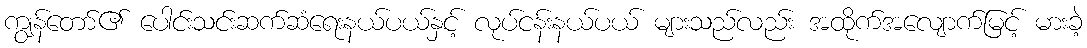
ကျွန်တော်၏ ပေါင်းသင်းဆက်ဆံရေးနယ်ပယ်နှင့် လုပ်ငန်းနယ်ပယ် များသည်လည်း အထိုက်အလျောက်မြင့် မားခဲ့